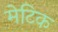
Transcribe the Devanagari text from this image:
मेटिक